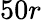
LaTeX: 50r